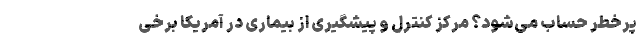
پرخطر حساب می‌شود؟ مرکز کنترل و پیشگیری از بیماری در آمریکا برخی